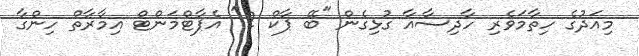
މިއަދުގެ ހިތާމަވެރި ހާދިސާއާ ގުޅިގެން "ބޭ ޕާކް 2" އެޕާޓްމަންޓް އިމާރާތް ހިންގާ